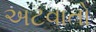
અટવાતો